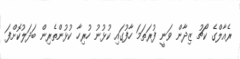
ރެއާލްގެ ކޯޗު ޒިދާން ވަނީ ފުރަތަމަ ހާފުގައި ކުޅުނު ހުރިހާ ކުޅުންތެރިން ބަދަލުކޮށްފަ